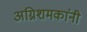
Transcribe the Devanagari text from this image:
अग्निशमकांनी